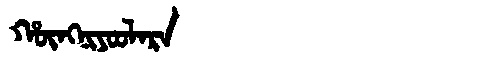
Manchu: ᡥᡡᠩᠨᡳᠶᠣᠣᠯᠠᡵᠠ
Romanization: HŪNGNIYOOLARA